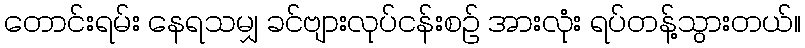
တောင်းရမ်း နေရသမျှ ခင်ဗျားလုပ်ငန်းစဉ် အားလုံး ရပ်တန့်သွားတယ်။